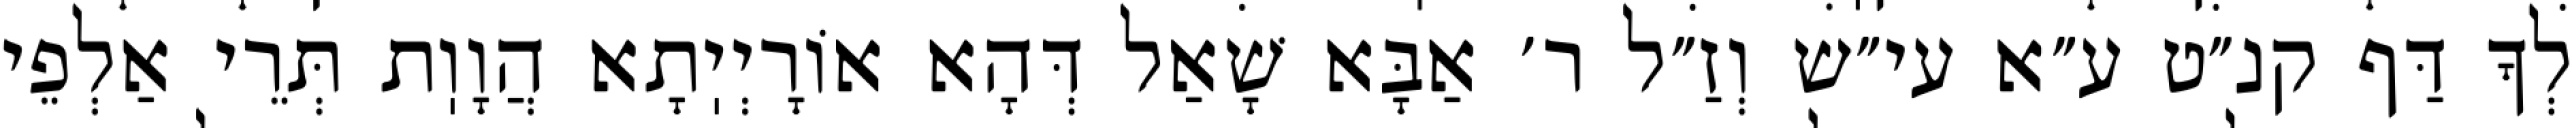
לְךָ דַּף קנ״ט ע״א עי״ש וְזַ״ל ר׳ אַבָּא שָׁאַל דְּהָא אוֹרָיְיֽתָא הֲוָוֽת תְּרֵי אַלְפֵי